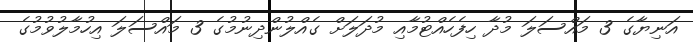
އަނިޔާގެ 3 މައްސަލަ މުދާ ހިފެހެއްޓުމާއި މުދަލަށް ގެއްލުންދިނުމުގެ 3 މައްސަލަ އިހުމާލުވުމުގެ